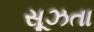
સૂઝતા